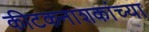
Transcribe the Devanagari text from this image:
कीटकनाशकांच्या